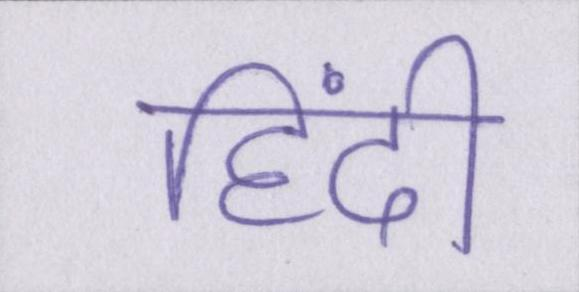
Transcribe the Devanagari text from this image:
हिंदी